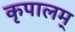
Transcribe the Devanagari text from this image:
कृपालम्